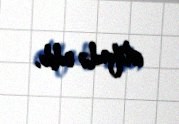
istifadə edib.